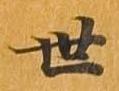
世